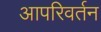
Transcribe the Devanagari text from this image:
आपरिवर्तन